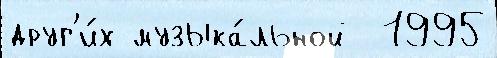
друг'и́х музыка́льной  1995